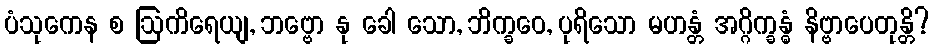
ပံသုကေန စ ဩကိရေယျ, ဘဗ္ဗော နု ခေါ သော, ဘိက္ခဝေ, ပုရိသော မဟန္တံ အဂ္ဂိက္ခန္ဓံ နိဗ္ဗာပေတုန္တိ?